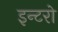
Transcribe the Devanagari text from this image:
इन्टरो